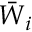
\bar { \boldsymbol { W } } _ { i }